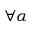
\forall \alpha